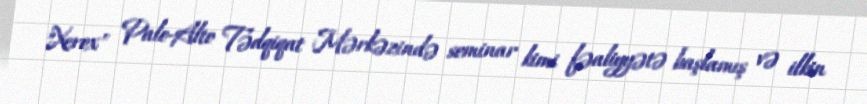
"Xerox" Palo-Alto Tədqiqat Mərkəzində seminar kimi fəaliyyətə başlamış və ilkin